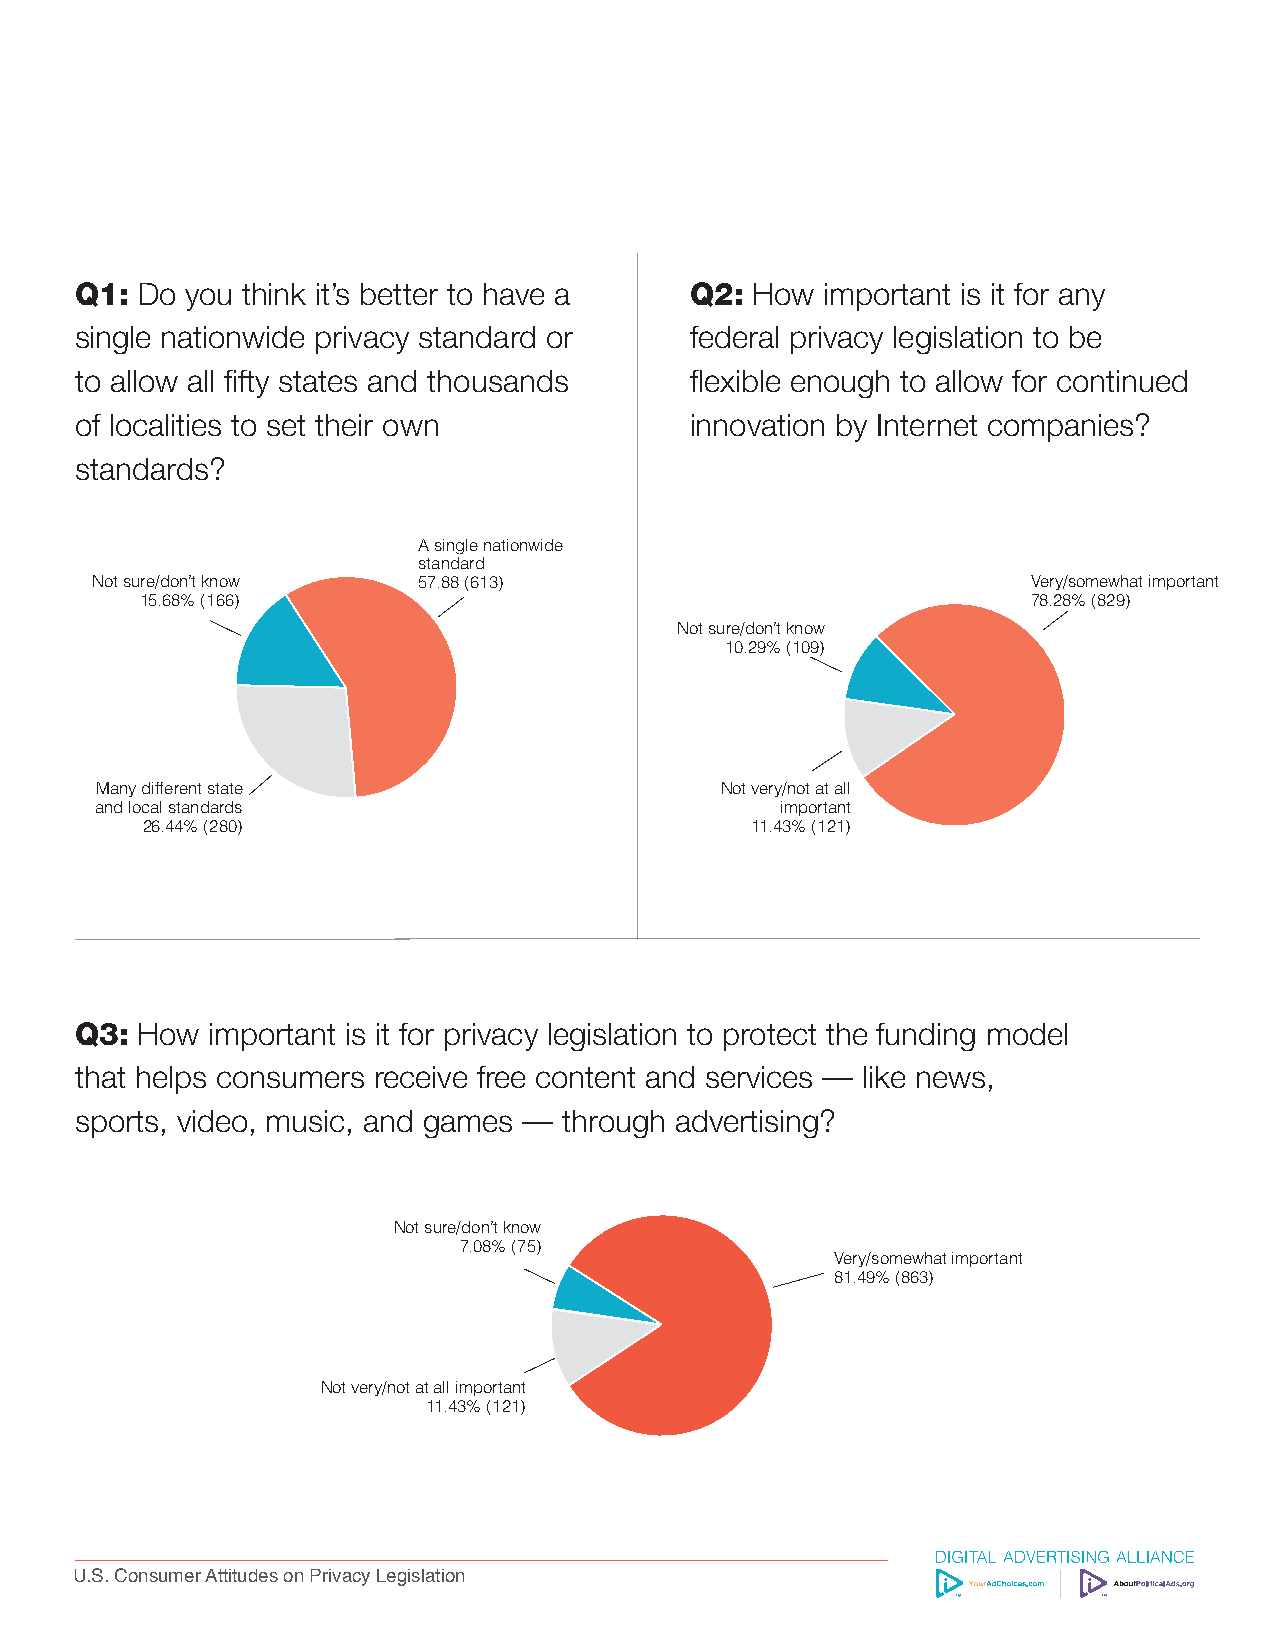
Q1: Do you think it’s better to have a   Q2: How  important is it for any
 single nationwide privacy standard or    federal privacy legislation to be
 to allow all fifty states and thousands  flexible enough to allow for continued
 of localities to set their own           innovation by Internet companies?
 standards?
 A single nationwide
 standard
 Not sure/don’t know   57.88 (613)                             Very/somewhat important
 15.68% (166)                                               78.28% (829)
 Not sure/don’t know
 10.29% (109)
 Many different state                      Not very/not at all
 and local standards                           important
 26.44% (280)                             11.43% (121)
 Q3: How  important is it for privacy legislation to protect the funding model
 that helps consumers receive free content and services — like news,
 sports, video, music, and games — through advertising?
 Not sure/don’t know
 7.08% (75)
 Very/somewhat important
 81.49% (863)
 Not very/not at all important
 11.43% (121)
 U.S. Consumer Attitudes on Privacy Legislation